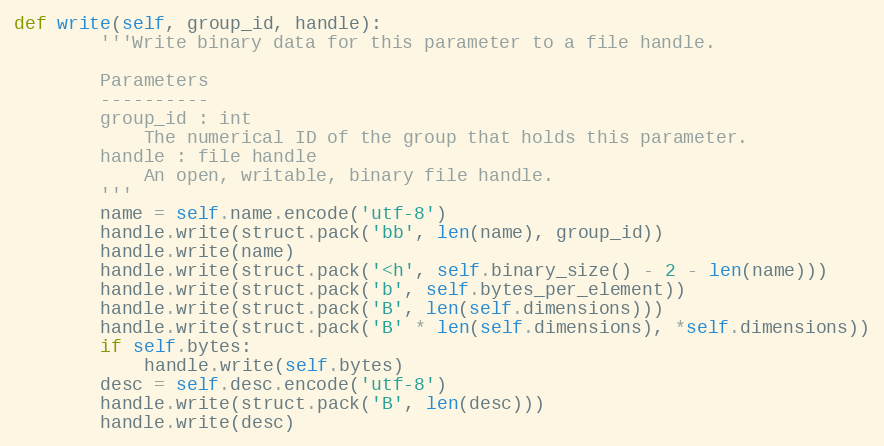
Language: Python
def write(self, group_id, handle):
        '''Write binary data for this parameter to a file handle.

        Parameters
        ----------
        group_id : int
            The numerical ID of the group that holds this parameter.
        handle : file handle
            An open, writable, binary file handle.
        '''
        name = self.name.encode('utf-8')
        handle.write(struct.pack('bb', len(name), group_id))
        handle.write(name)
        handle.write(struct.pack('<h', self.binary_size() - 2 - len(name)))
        handle.write(struct.pack('b', self.bytes_per_element))
        handle.write(struct.pack('B', len(self.dimensions)))
        handle.write(struct.pack('B' * len(self.dimensions), *self.dimensions))
        if self.bytes:
            handle.write(self.bytes)
        desc = self.desc.encode('utf-8')
        handle.write(struct.pack('B', len(desc)))
        handle.write(desc)